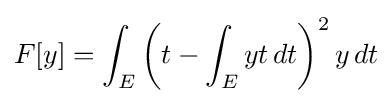
F[y]=\int _{E}\left(t-\int _{E}yt\,dt\right)^{2}y\,dt